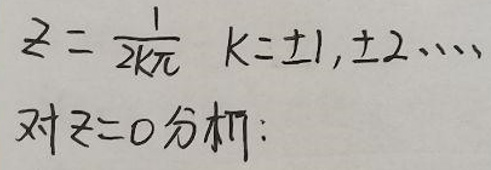
\[
z = \frac{1}{2k\pi} \quad k = \pm1, \pm2, \cdots
\]
对\(z = 0\)分拆：